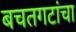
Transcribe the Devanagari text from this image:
बचतगटांचा